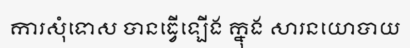
ការសុំទោស បានធ្វើឡើង ក្នុង សារនយោបាយ